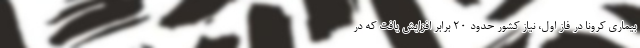
بیماری کرونا در فاز اول، نیاز کشور حدود ۲۰ برابر افزایش یافت که در